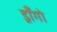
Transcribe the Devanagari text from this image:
ड्राँगो